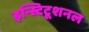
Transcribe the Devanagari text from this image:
इन्स्टिटूशनल